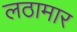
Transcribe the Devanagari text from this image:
लठामार